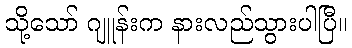
သို့သော် ဂျူန်းက နားလည်သွားပါပြီ။